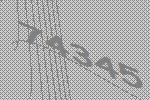
74345